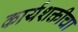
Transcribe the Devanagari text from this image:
कार्यशक्तीचा